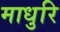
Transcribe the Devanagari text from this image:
माधुरि